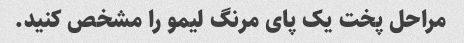
مراحل پخت یک پای مرنگ لیمو را مشخص کنید.